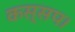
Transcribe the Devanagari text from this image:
कस्सप।